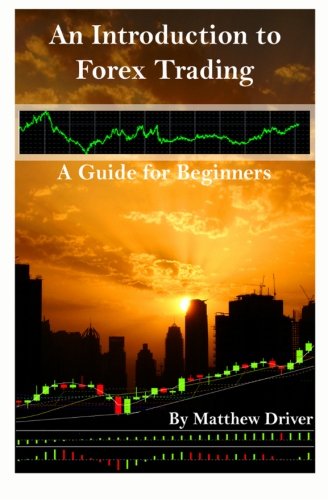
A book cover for An Introduction to Forex Trading - A Guide for Beginners; Matthew Driver; Business & Money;